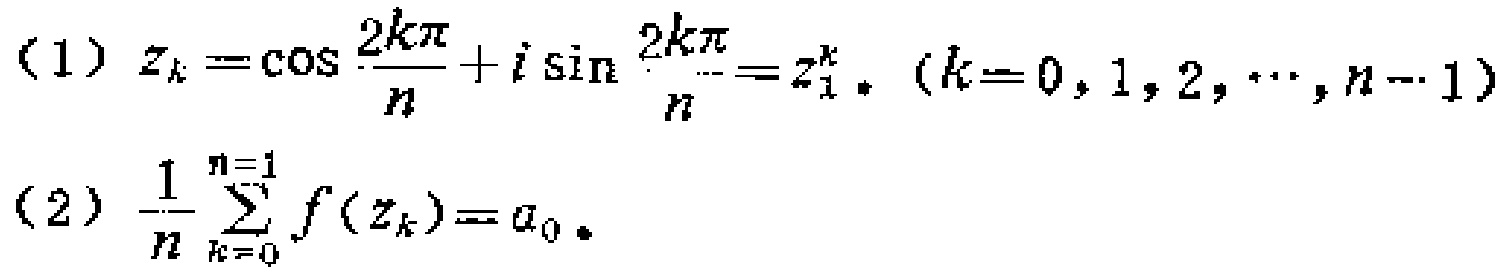
（1）\(z_{k}=\cos\frac{2k\pi}{n}+i\sin\frac{2k\pi}{n}=z_{1}^{k},(k = 0,1,2,\cdots,n - 1)\)
（2）\(\frac{1}{n}\sum_{k = 0}^{n - 1}f(z_{k})=a_{0}\)